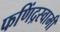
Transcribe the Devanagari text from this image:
फणिंद्रस्वामी